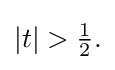
{\textstyle |t|>{\frac {1}{2}}.}